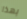
بهذا